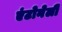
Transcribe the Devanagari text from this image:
एंटोनेली